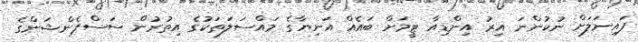
ފައިނަލަށް ނުކުންނަ އިރު އިންޑިއާ ޓީމަށް ބައެއް އަނިޔާގެ މައްސަލަތަކުގެ އިތުރުން ސަސްޕެންޝަންގެ